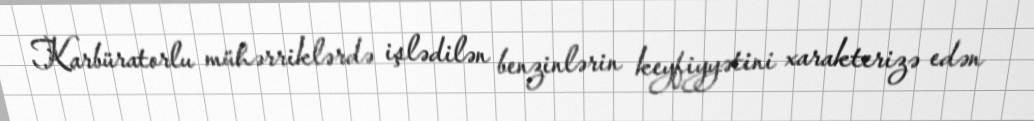
Karbüratorlu mühərriklərdə işlədilən benzinlərin keyfiyyətini xarakterizə edən